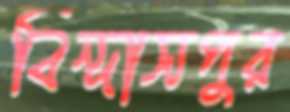
বিন্দাসপুর